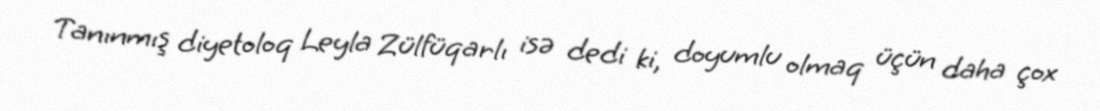
Tanınmış diyetoloq Leyla Zülfüqarlı isə dedi ki, doyumlu olmaq üçün daha çox